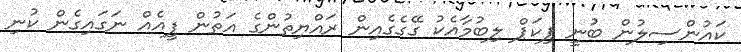
ކައުންސިލުން ބުނީ ޕިކަޕް ލިބުމާއެކު ގޭގެގެއިން ރައްޔިތުންގެ އަތުން ފީއެއް ނަގައިގެން ކުނި